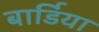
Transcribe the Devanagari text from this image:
बार्डिया